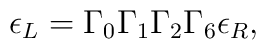
\epsilon_L = \Gamma_0 \Gamma_1 \Gamma_2 \Gamma_6 \epsilon_R,